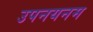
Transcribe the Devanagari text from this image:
उपनयनम